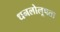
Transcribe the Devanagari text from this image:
धनलोलूपता